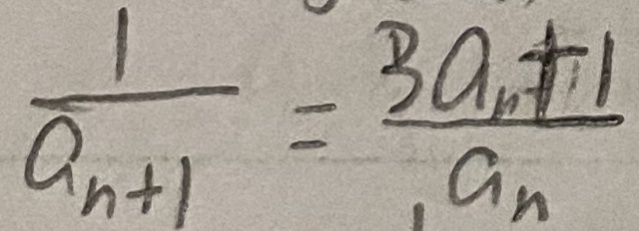
\frac { 1 } { a _ { n + 1 } } = \frac { 3 a _ { n } + 1 } { . a _ { n } }